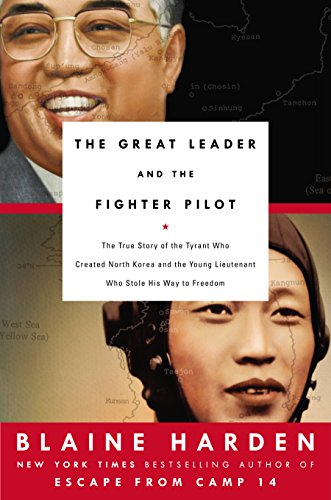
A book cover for The Great Leader and the Fighter Pilot: The True Story of the Tyrant Who Created North Korea and The Young Lieutenant Who Stole His Way to Freedom; Blaine Harden; Biographies & Memoirs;